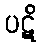
ပဋိ